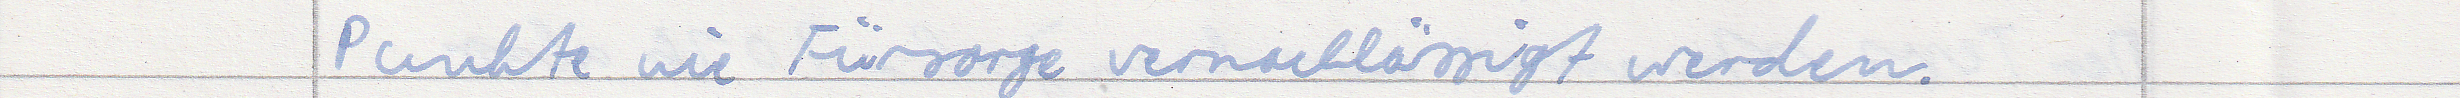
Punkte wie Fürsorge vernachlässigt werden.